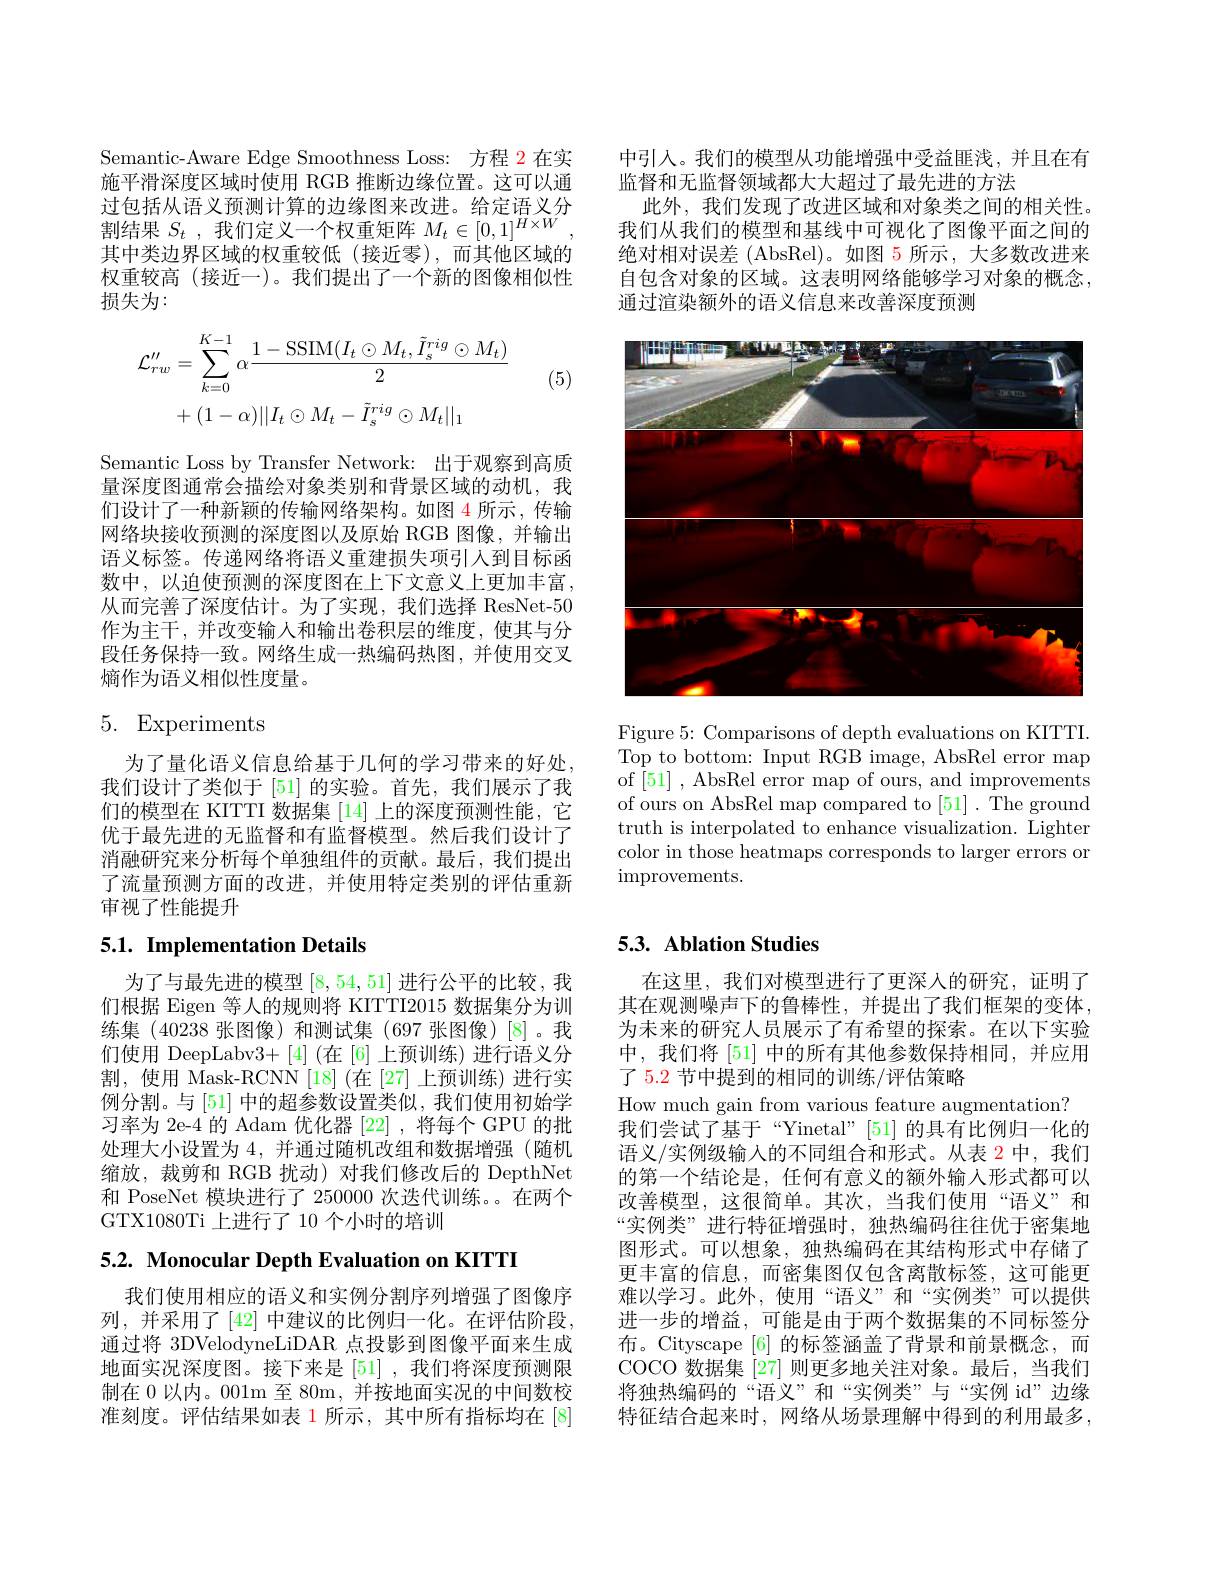
Semantic-Aware Edge Smoothness Loss: 方程 2 在实施平滑深度区域时使用 RGB 推断边缘位置。这可以通过包括从语义预测计算的边缘图来改进。给定语义分过 包 旧 八 口 人 顶 测 以 并 时 应 家 国 不 以 近 。却 几 日 人 割 结 果 $S_{t}$ , 我 们 定 义 一 个 权 重 矩 阵 $M_{t}\in [ 0, 1] ^{H\times W}$, 中 央 半 中 国 中 的 切 手 校 师 ( 拉 尔 正 建 ) 在 中 仙 区 地 的其中类边界区域的权重较低(接近零),而其他区域的权重较高(接近一)。我们提出了一个新的图像相似性损失为：

(5)
$$\begin{aligned}\mathcal{L}_{rw}^{\prime\prime}&=\sum_{k=0}^{K-1}\alpha\frac{1-\mathrm{SSIM}(I_{t}\odot M_{t},\tilde{I}_{s}^{rig}\odot M_{t})}{2}\\&+(1-\alpha)||I_{t}\odot M_{t}-\tilde{I}_{s}^{rig}\odot M_{t}||_{1}\end{aligned}$$
Semantic Loss by Transfer Network: 出于观察到高质量深度图通常会描绘对象类别和背景区域的动机，我们设计了一种新颖的传输网络架构。如图 4 所示 , 传输网络块接收预测的深度图以及原始 RGB 图像，并输出语义标签。传递网络将语义重建损失项引入到目标函数中，以迫使预测的深度图在上下文意义上更加丰富， 从而完善了深度估计。为了实现，我们选择 ResNet-50作为主干，并改变输人和输出卷积层的维度，使其与分段任务保持一致。网络生成一热编码热图，并使用交叉熵作为语义相似性度量。

# 5. Experiments

为了量化语义信息给基于几何的学习带来的好处， 我们设计了类似于 [51] 的实验。首先，我们展示了我们的模型在 KITTI 数据集 [14] 上的深度预测性能，它优于最先进的无监督和有监督模型。然后我们设计了消融研究来分析每个单独组件的贡献。最后，我们提出了流量预测方面的改进，并使用特定类别的评估重新审视了性能提升

# 5.1. Implementation Details

为了与最先进的模型[8,54,51]进行公平的比较，我们根据 Eigen 等人的规则将 KITTI2015 数据集分为训练集 (40238 张图像)和测试集 (697 张图像)[8]。我们使用 DeepLabv3+[4](在[6]上预训练)进行语义分割，使用 Mask-RCNN [18](在[27]上预训练)进行实例分割。与 [51] 中的超参数设置类似，我们使用初始学习率为 2e-4 的 Adam 优化器 [22] ,将每个 GPU 的批处理大小设置为 4, 并通过随机改组和数据增强(随机缩放，裁剪和 RGB 扰动)对我们修改后的 DepthNet 和 PoseNet 模块进行了 250000 次迭代训练。。在两个GTX1080Ti 上进行了 10 个小时的培训

5.2. Monocular Depth Evaluation on KITTI

我们使用相应的语义和实例分割序列增强了图像序列，并采用了[42] 中建议的比例归一化。在评估阶段。通过将 3DVelodyneLiDAR 点投影到图像平面来生成地面实况深度图。接下来是[51],我们将深度预测限制在 0 以内。001m 至 80m, 并按地面实况的中间数校准刻度。评估结果如表 1 所示，其中所有指标均在 [8]

中引入。我们的模型从功能增强中受益匪浅，并且在有
监督和无监督领域都大大超过了最先进的方法
此外，我们发现了改进区域和对象类之间的相关性。我们从我们的模型和基线中可视化了图像平面之间的绝对相对误差 (AbsRel)。如图 5 所示，大多数改进来自包含对象的区域。这表明网络能够学习对象的概念， 通过渲染额外的语义信息来改善深度预测

<FigureHere>

Figure 5: Comparisons of depth evaluations on KITTI. Top to bottom: Input RGB image, AbsRel error map of [51] , AbsRel error map of ours, and improvements of ours on AbsRel map compared to [51]. The ground truth is interpolated to enhance visualization. Lighter color in those heatmaps corresponds to larger errors or improvements.

## 5.3. Ablation Studies

在这里，我们对模型进行了更深人的研究，证明了其在观测噪声下的鲁棒性，并提出了我们框架的变体为未来的研究人员展示了有希望的探索。在以下实验中，我们将 [51] 中的所有其他参数保持相同，并应用了 5.2 节中提到的相同的训练/评估策略
How much gain from various feature augmentation?
我们尝试了基于“Yinetal”[51] 的具有比例归一化的语义/实例级输入的不同组合和形式。从表 2 中，我们的第一个结论是，任何有意义的额外输入形式都可以改善模型，这很简单。其次，当我们使用“语义”和“实例类”进行特征增强时，独热编码往往优于密集地图形式。可以想象，独热编码在其结构形式中存储了更丰富的信息，而密集图仅包含离散标签，这可能更难以学习。此外，使用“语义”和“实例类”可以提供进一步的增益，可能是由于两个数据集的不同标签分布。Cityscape [6]的标签涵盖了背景和前景概念，而COCO 数据集 [27] 则更多地关注对象。最后，当我们将独热编码的“语义”和“实例类”与“实例 id”边缘特征结合起来时，网络从场景理解中得到的利用最多，